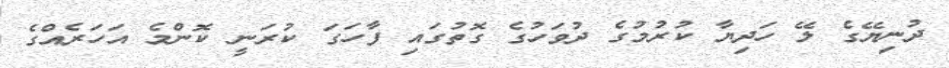
ދުނިޔޭގެ ލޭ ހަދިޔާ ކުރުމުގެ ދުވަހުގެ ގޮތުގައި ފާހަގަ ކުރަނީ ކޮންމެ އަހަރެއްގެ